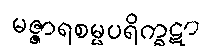
မဇ္ဇာရစမ္မပရိက္ခဋာ